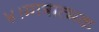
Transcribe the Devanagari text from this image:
४।मात्रात्मक